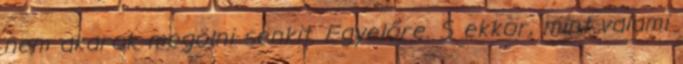
nem akarok megölni senkit. Egyelőre. S ekkor, mint valami